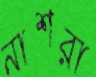
নাশরা